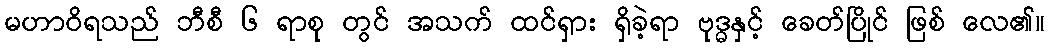
မဟာဝိရသည် ဘီစီ ၆ ရာစု တွင် အသက် ထင်ရှား ရှိခဲ့ရာ ဗုဒ္ဓနှင့် ခေတ်ပြိုင် ဖြစ် လေ၏။